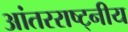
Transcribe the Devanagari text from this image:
आंतरराष्ट्नीय